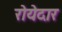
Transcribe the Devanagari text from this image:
रोयेदार